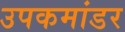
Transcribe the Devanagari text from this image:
उपकमांडर